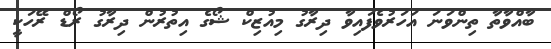
ބާއްވާތާ ތިންވަނަ އަހަރުވެފައިވާ ދިރާގު މިއުޒިކް ޝޯގެ އިތުރުން ދިރާގު ރޯޑް ރޭހަކީ